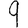
Digit: 9